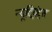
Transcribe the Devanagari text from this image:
न्यूट्रियंट्स